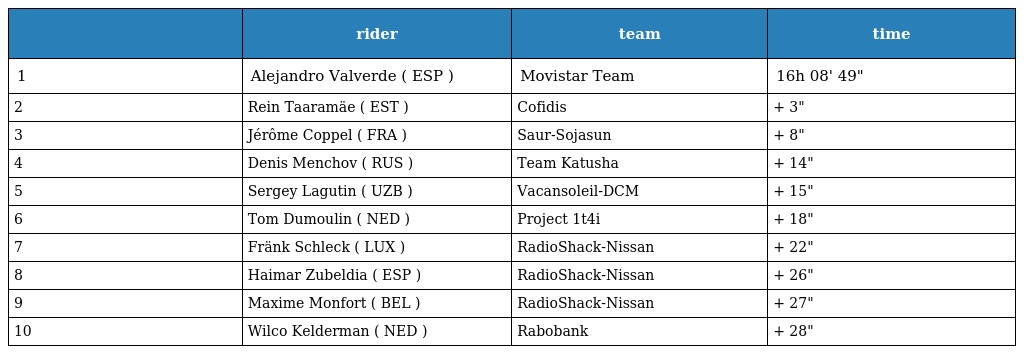
|  | rider | team | time |
 | --- | --- | --- | --- |
 | 1 | Alejandro Valverde ( ESP ) | Movistar Team | 16h 08' 49" |
 | 2 | Rein Taaramäe ( EST ) | Cofidis | + 3" |
 | 3 | Jérôme Coppel ( FRA ) | Saur-Sojasun | + 8" |
 | 4 | Denis Menchov ( RUS ) | Team Katusha | + 14" |
 | 5 | Sergey Lagutin ( UZB ) | Vacansoleil-DCM | + 15" |
 | 6 | Tom Dumoulin ( NED ) | Project 1t4i | + 18" |
 | 7 | Fränk Schleck ( LUX ) | RadioShack-Nissan | + 22" |
 | 8 | Haimar Zubeldia ( ESP ) | RadioShack-Nissan | + 26" |
 | 9 | Maxime Monfort ( BEL ) | RadioShack-Nissan | + 27" |
 | 10 | Wilco Kelderman ( NED ) | Rabobank | + 28" |